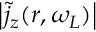
\left| \tilde { j } _ { z } ( \boldsymbol r , \omega _ { L } ) \right|